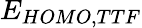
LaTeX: E_{HOMO,TTF}